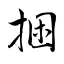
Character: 捆